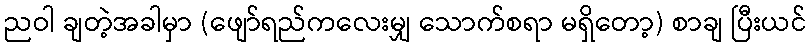
ညဝါ ချတဲ့အခါမှာ (ဖျော်ရည်ကလေးမျှ သောက်စရာ မရှိတော့) စာချ ပြီးယင်